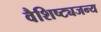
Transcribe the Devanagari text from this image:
वैशिष्ट्यजन्य